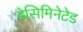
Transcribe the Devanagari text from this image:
डेसिमिनेटेड